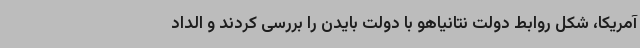
آمریکا، شکل روابط دولت نتانیاهو با دولت بایدن را بررسی کردند و الداد